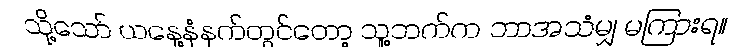
သို့သော် ယနေ့နံနက်တွင်တော့ သူ့ဘက်က ဘာအသံမျှ မကြားရ။